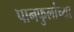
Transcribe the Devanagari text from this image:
पानफुलांच्या